Vaccination in the Punjab 1905-1918 - 1905-1918
Year: 1905
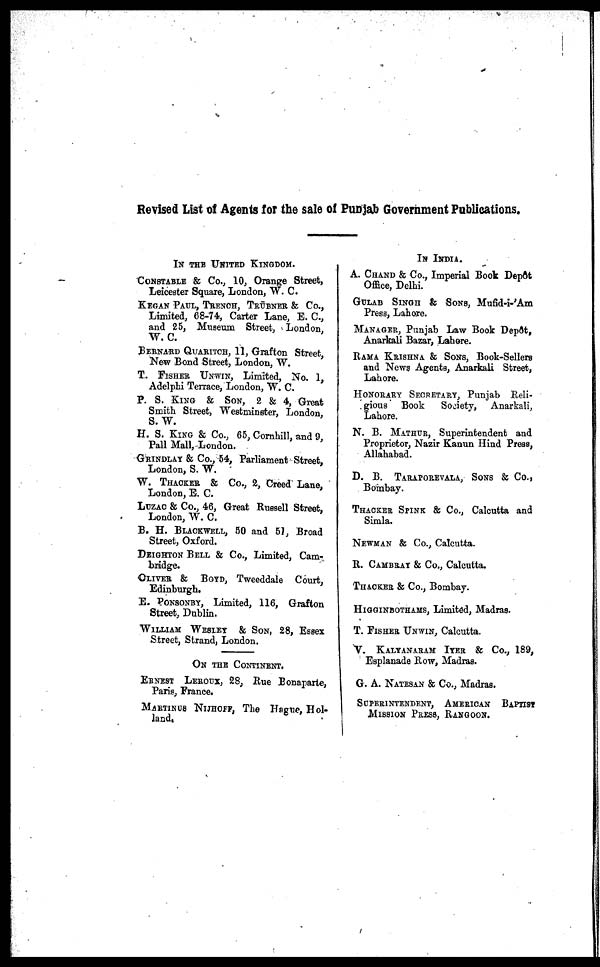
Revised List of Agents for the sale of Punjab Government Publications.
IN THE UNITED KINGDOM.
CONSTABEL & Co., 10, Orange Street,
Leicester Square, London, W. C.
KEGAN PAUL, THENOH, TRÜBNER & Co.,
Limited, 68-74, Carter Lane, E. C.,
and 25, Museum Street, London,
W. C.
BERNARD QUARITCH, 11, Grafton Street,
New Bond Street, London, W.
T. FISHER UNWIN, Limited, No. 1,
Adelphi Terrace, London, W. C.
P. S. KING & SON, 2 & 4, Great
Smith Street, Westminster, London,
S.W.
H. S. KING & Co., 85, Cornhill, and 9,
Fall Mall, London.
GRINDLAY & Co., 54, Parliament Street,
London, S. W.
W. THACKER & Co., 2, Creed Lane,
London, E. C.
LUZAC & Co., 46, Great Russell Street,
London, W. C.
B. H. BLACKWELL, 50 and 51, Broad
Street, Oxford.
DEIGHTON BELL & Co., Limited, Cam-
bridge.
OLIVER & BOYD, Tweeddale Court,
Edinburgh.
E. PONSONBY, Limited, 116, Grafton
8treet, Dublin.
WILLIAM WESIEY
& SON, 28, Essex
Street, Strand, London.
ON THE CONTINENT.
ERNEST LEROUX, 28, Rue Bonaparte,
Paris, France.
MARTINUS NIJHOFF, The Hague, Hol-
land,
IN INDIA.
A. CHAND & Co., Imperial Book Depôt
Office, Delhi.
GULAB SINGH & SONS, Mufid-i-'Am
Press, Lahore.
MANAGER, Punjab Law Book Depôt,
Anarkali Bazar, Lahore.
RAMA KRISHNA & SONS, Book-Sellers
and News Agents, Anarkali Street,
Lahore.
HONORARY SECERTARY, Punjab Reli-
gious Book
Society, Anarkali,
Lahore.
N. B. MATHUR, Superintendent and
Proprietor, Nazir Kanun Hind Press,
Allahabad.
D. B.
TARAPOREVALA, SONS & Co.,
Bombay.
THACKER SPINK & Co., Calcutta and
Simla.
NEWMAN & Co., Calcutta.
R. CAMBYAY & Co., Calcutta.
THACKER & Co., Bombay.
HIGGINBOTHAMS, Limited, Madras.
T. FISHER UNWIN, Calcutta.
V.
KALYANARAM IYER & Co., 189,
Esplanade Row, Madras.
G. A. NATESAN & Co., Madras.
SUPERINTENDENT, AMERICAN BAPTIST
MISSION PRESS, RANGOON.